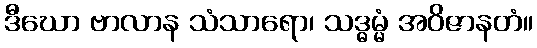
ဒီဃော ဗာလာန သံသာရော၊ သဒ္ဓမ္မံ အဝိဇာနတံ။